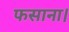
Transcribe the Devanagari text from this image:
फसाना।